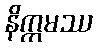
နိက္ကမဿ